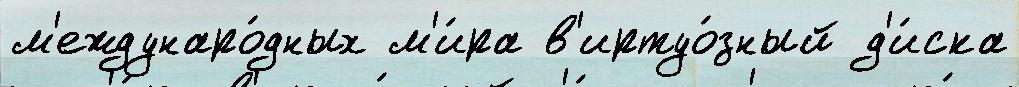
м'еждунаро́дных м'и́ра в'иртуо́зный д'и́ска